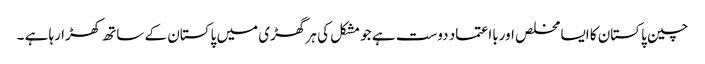
چین پاکستان کا ایسا مخلص اوربااعتماد دوست ہے جو مشکل کی ہر گھڑی میں پاکستان کے ساتھ کھڑا رہا ہے ۔